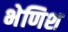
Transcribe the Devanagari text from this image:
भेणिश